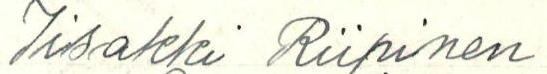
Iisakki Riipinen